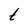
Character: t